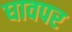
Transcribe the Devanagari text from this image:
घावपर